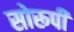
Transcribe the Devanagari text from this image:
सोरूपी